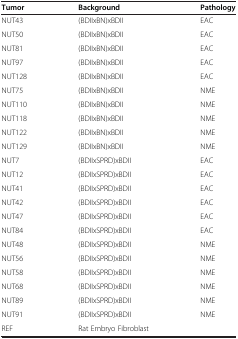
<table><thead><tr><td><b>Tumor</b></td><td><b>Background</b></td><td><b>Pathology</b></td></tr></thead><tbody><tr><td>NUT43</td><td>(BDIIxBN)xBDII</td><td>EAC</td></tr><tr><td>NUT50</td><td>(BDIIxBN)xBDII</td><td>EAC</td></tr><tr><td>NUT81</td><td>(BDIIxBN)xBDII</td><td>EAC</td></tr><tr><td>NUT97</td><td>(BDIIxBN)xBDII</td><td>EAC</td></tr><tr><td>NUT128</td><td>(BDIIxBN)xBDII</td><td>EAC</td></tr><tr><td>NUT75</td><td>(BDIIxBN)xBDII</td><td>NME</td></tr><tr><td>NUT110</td><td>(BDIIxBN)xBDII</td><td>NME</td></tr><tr><td>NUT118</td><td>(BDIIxBN)xBDII</td><td>NME</td></tr><tr><td>NUT122</td><td>(BDIIxBN)xBDII</td><td>NME</td></tr><tr><td>NUT129</td><td>(BDIIxBN)xBDII</td><td>NME</td></tr><tr><td>NUT7</td><td>(BDIIxSPRD)xBDII</td><td>EAC</td></tr><tr><td>NUT12</td><td>(BDIIxSPRD)xBDII</td><td>EAC</td></tr><tr><td>NUT41</td><td>(BDIIxSPRD)xBDII</td><td>EAC</td></tr><tr><td>NUT42</td><td>(BDIIxSPRD)xBDII</td><td>EAC</td></tr><tr><td>NUT47</td><td>(BDIIxSPRD)xBDII</td><td>EAC</td></tr><tr><td>NUT84</td><td>(BDIIxSPRD)xBDII</td><td>EAC</td></tr><tr><td>NUT48</td><td>(BDIIxSPRD)xBDII</td><td>NME</td></tr><tr><td>NUT56</td><td>(BDIIxSPRD)xBDII</td><td>NME</td></tr><tr><td>NUT58</td><td>(BDIIxSPRD)xBDII</td><td>NME</td></tr><tr><td>NUT68</td><td>(BDIIxSPRD)xBDII</td><td>NME</td></tr><tr><td>NUT89</td><td>(BDIIxSPRD)xBDII</td><td>NME</td></tr><tr><td>NUT91</td><td>(BDIIxSPRD)xBDII</td><td>NME</td></tr><tr><td>REF</td><td>Rat Embryo Fibroblast</td><td> </td></tr></tbody></table>